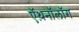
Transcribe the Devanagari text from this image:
ऍथ़नॉलॉग